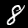
Digit: 8